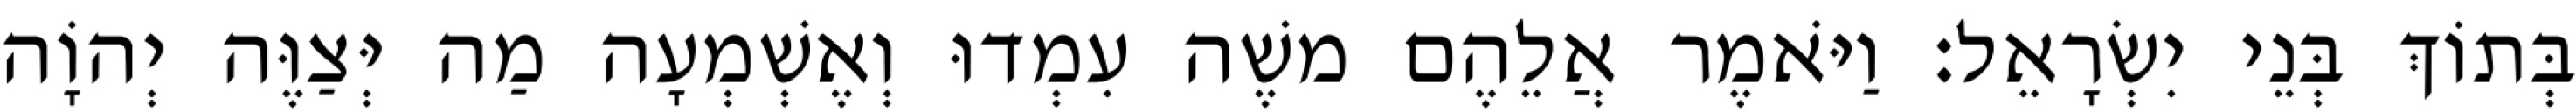
בְּתוֹךְ בְּנֵי יִשְׂרָאֵל׃ וַיֹּאמֶר אֲלֵהֶם משֶׁה עִמְדוּ וְאֶשְׁמְעָה מַה יְּצַוֶּה יְהוָֹה